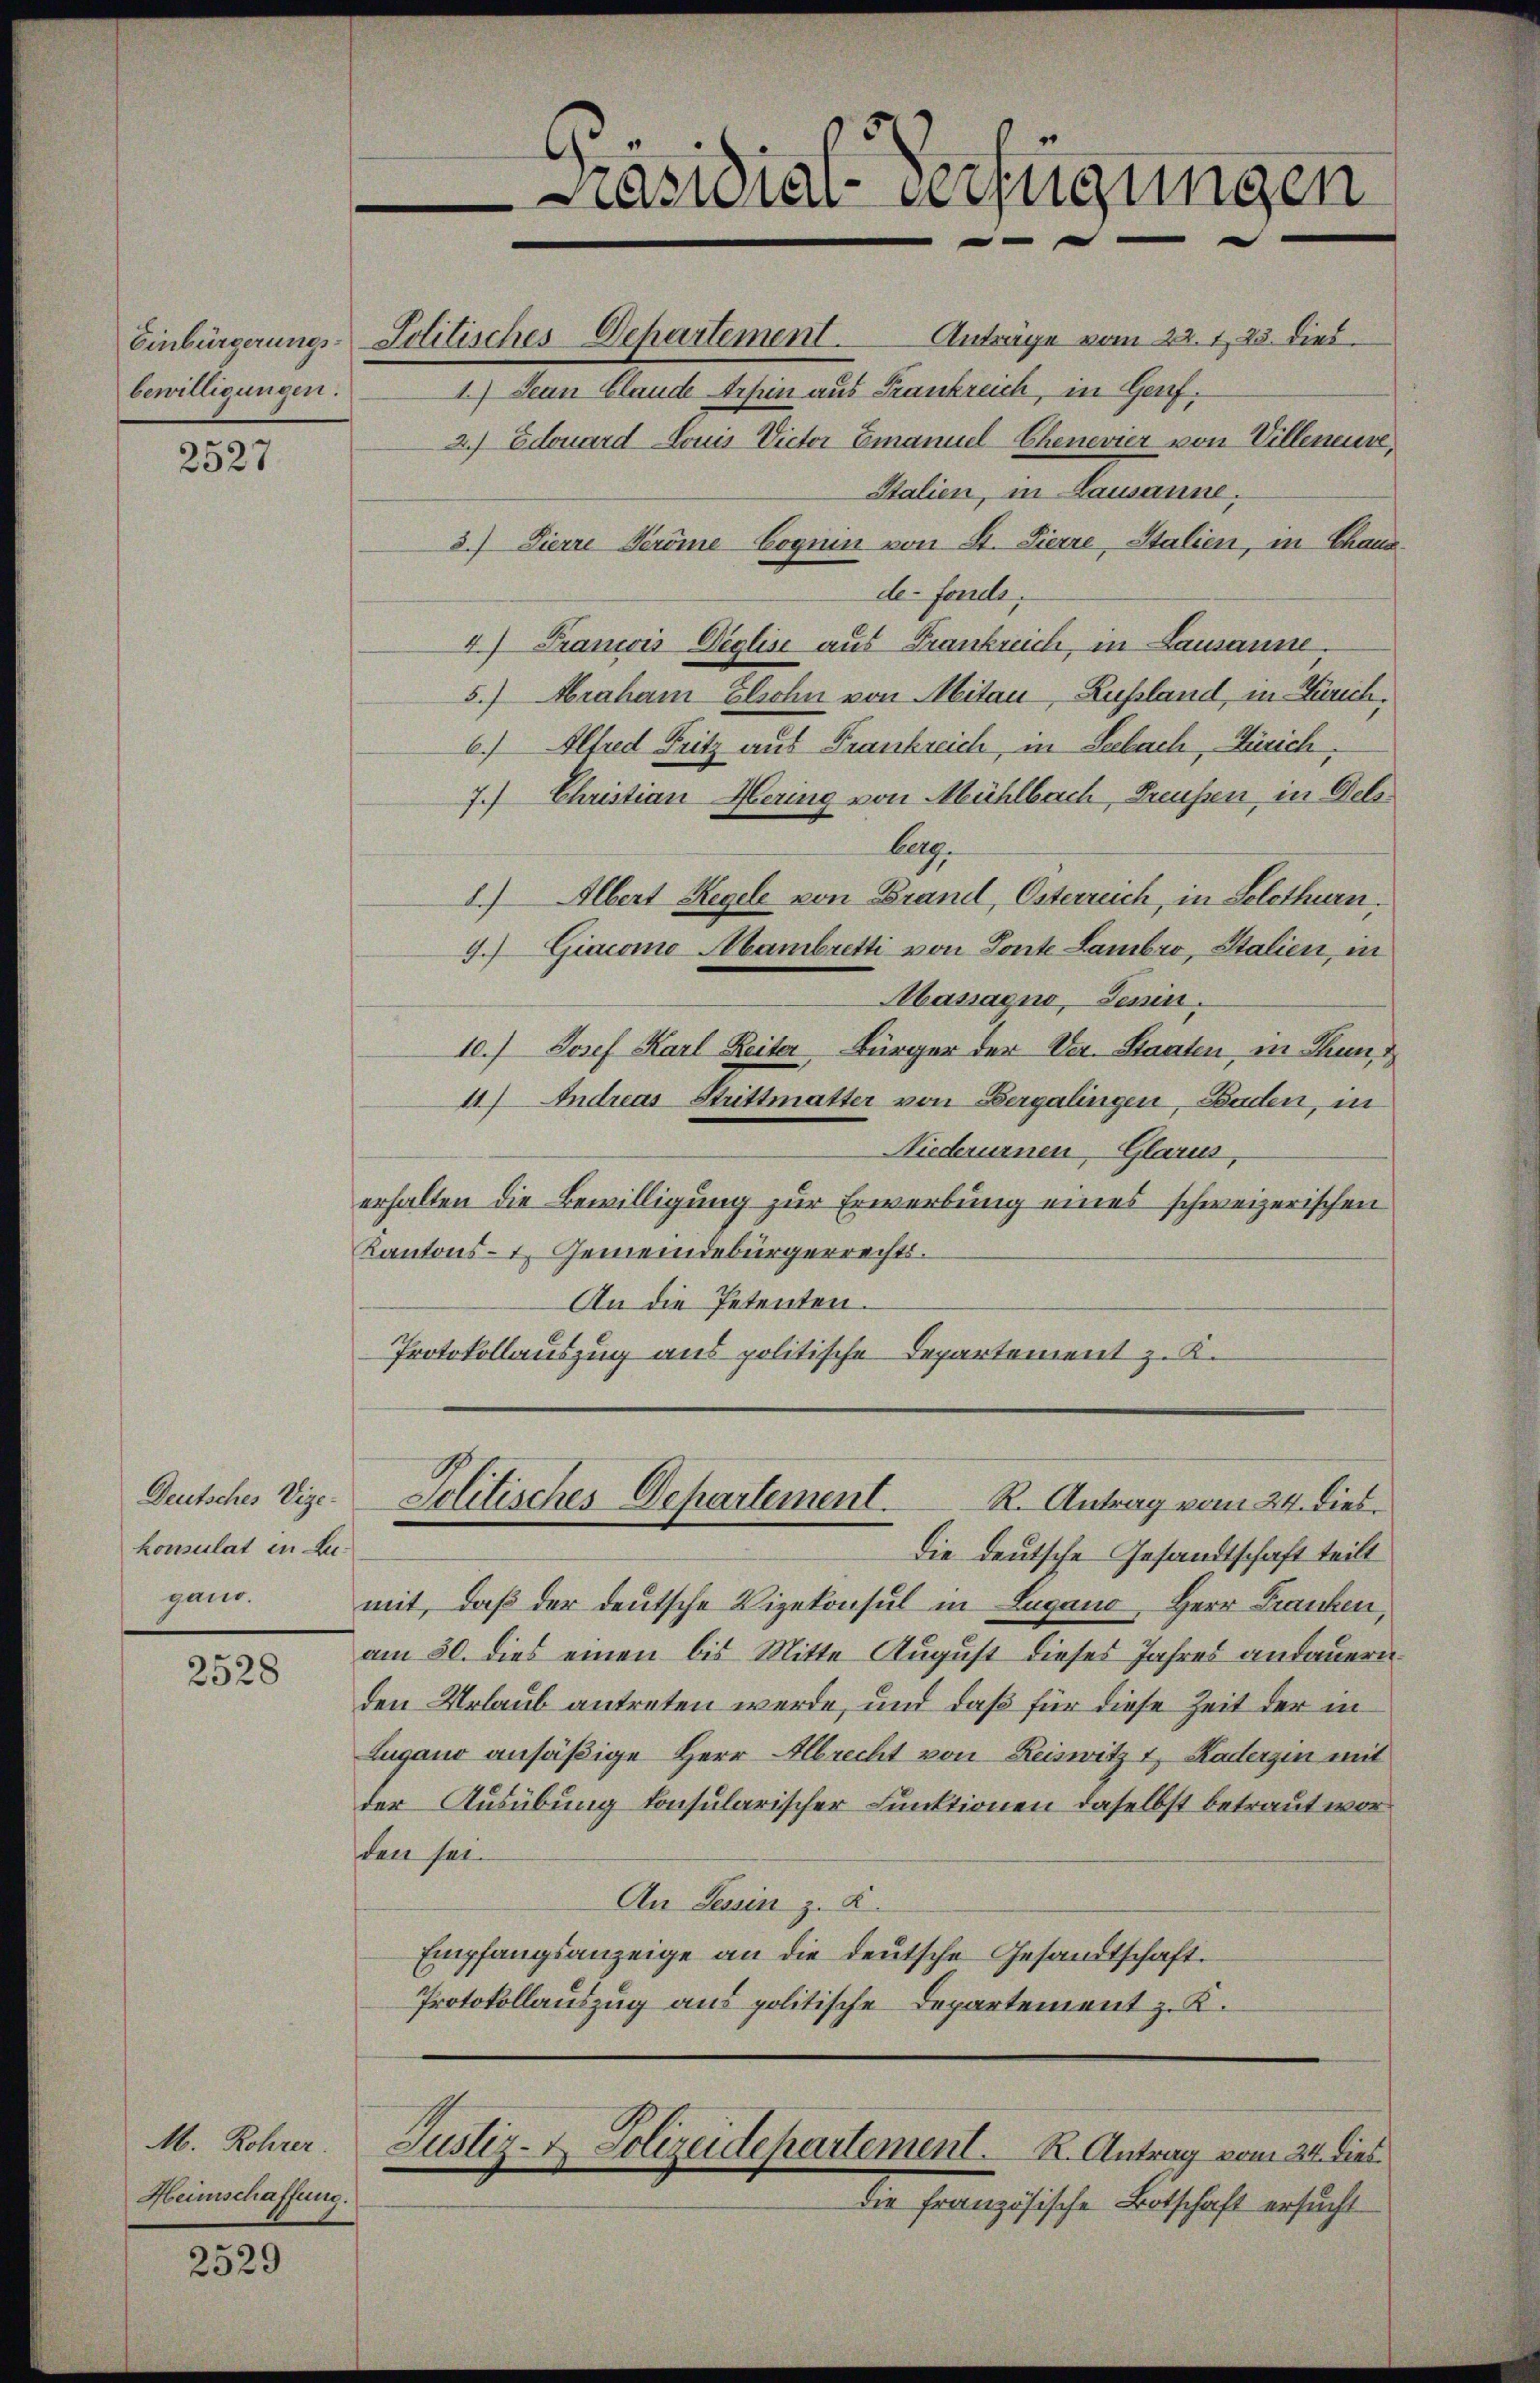
bewilligungen.

2527

Deutsches Vize-
konsulat in Zugano.

2528

M. Rohrer
Heimschaffung.

2529

Einbürgerungs-Politisches Departement.

s
asidial-Verfügungen

Anträge vom 22. 1. 23. dies
1.) Jean Claude erhin aus Frankreich, in Genf.
2.) Edouard Louis Victor Emanuel-Chenevier von Villeneuve,
Italien, in Lausanne.
3.) Dierre Veröme Cognin von St. Zierre, Stalien, in Chanade-Forels.
4) Francis Veglise aus Frankreich, in Lausanne.
5.) Hraham Elsohn von Mitau, Lussland, in Zürich,
6.) Alfred Fritz aus Frankreich, in Seebach, Zürich,
7.) Christian Hering von Mühlbach, Preussen, in Dele
Aeg
1.) Albert Regel von Brand, Osterreich, in Solothurn,
4.) Giacomo Mambretti von Ponte Lambro, Stalien, in
Massaguo, Tessin.
10.) Josef Karl Reiter Bürger der Ver. Staaten, in Thun, d
4) Andreas Strittmatter von Bergalingen, Baden, in
Niederurnen Glarus,
erhalten die Bewilligung zur Erwerbung eines schweizerischen
Kantons- 1. Gemeindebürgerrechts.
An die Petenten
Protokollauszug aus politische Departement z. K.

Jolitisches Departement. R. Antrag vom 24. dies.

Die deutsche Gesandtschaft teilt
mit, daß der deutsche Vizekonsul in Lugano, Herr Franken,
am 30. dies einen bis Mitte August dieses Jahres andauern.
den Urlaub antreten werde, und daß für diese Zeit der in
Lugano ansäßige Herr Albrecht von Reiswitz 1 Kaderzen mit
der Ausübung konsularischer Funktionen daselbst betraut wor
den sei.
An Tessin z. K.
Empfangsanzeige an die deutsche Gesandtschaft.
Protokollauszug aus politische Departement z. K.

Justiz- & Polizeidepartement. R. Antrag vom 24. dies
Die französische Botschaft ersucht